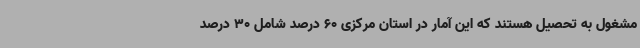
مشغول به تحصیل هستند که این آمار در استان مرکزی 60 درصد شامل 30 درصد